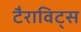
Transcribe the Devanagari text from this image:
टैराविट्स